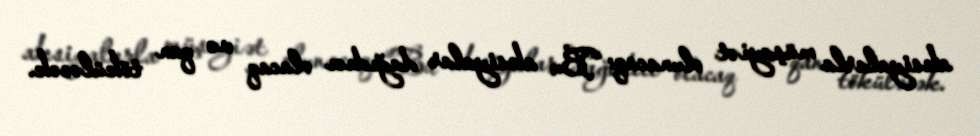
aksiyalarla müşayiət olunacaq: “Bu aksiyalar dağıdıcı olacaq və qan töküləcək.